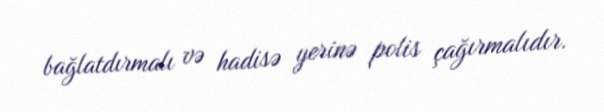
bağlatdırmalı və hadisə yerinə polis çağırmalıdır.